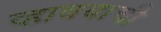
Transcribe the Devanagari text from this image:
व्हावयाची